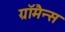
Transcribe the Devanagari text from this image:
ग्रॉमैन्स